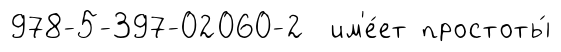
978-5-397-02060-2 им'е́ет простоты́